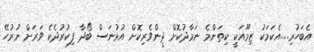
އެބަހުރި....އެކަމަކު ޒިމޫއަކީ ކިތަންމެ ނަމާދުކޮށް ދީންވެރިކޮށް އުޅުނަސް ބޯދާ ފިކުރުދެކެ ވަރަށް ނުރުހޭ